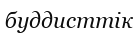
буддисттік